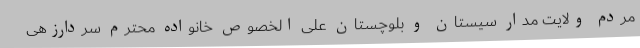
مردم ولایت مدار سیستان و بلوچستان علی الخصوص خانواده محترم سردارزهی